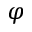
\varphi